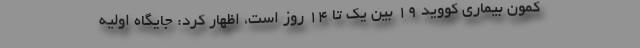
کمون بیماری کووید ۱۹ بین یک تا ۱۴ روز است، اظهار کرد: جایگاه اولیه